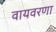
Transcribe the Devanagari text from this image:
वायवरणा